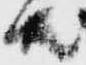
共